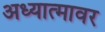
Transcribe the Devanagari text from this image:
अध्यात्मावर